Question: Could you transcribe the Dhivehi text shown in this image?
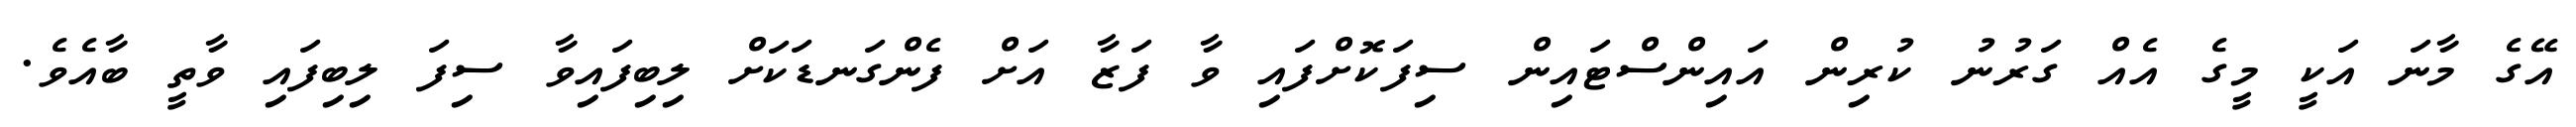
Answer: އޭގެ މާނަ އަކީ މީގެ އެއް ގަރުނު ކުރިން އައިންސްޓައިން ސިފަކޮށްފައި ވާ ފަޒާ އަށް ފެންގަނޑަކަށް ލިބިފައިވާ ސިފަ ލިބިފައި ވާތީ ބާއެވެ.